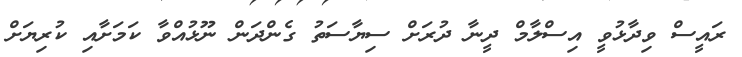
ރައީސް ވިދާޅުވީ އިސްލާމް ދީނާ ދުރަށް ސިޔާސަތު ގެންދަން ނޫޅުއްވާ ކަމަށާއި ކުރިޔަށް